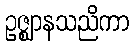
ဥဇ္ဈာနသညိကာ